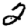
Digit: 2